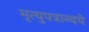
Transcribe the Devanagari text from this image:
मृत्युपत्रान्वये